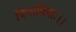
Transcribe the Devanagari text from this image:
दिनाधिपाः।।